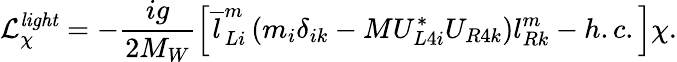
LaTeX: \mathcal{L}_{\chi}^{\mathit{light}}=-\frac{ig}{2M_{W}}\left[\overline{{{l}}}_{Li}^{m}\left(m_{i}\delta_{ik}-MU_{L4i}^{*}U_{R4k}\right)l_{Rk}^{m}-h.c.\right]\chi.